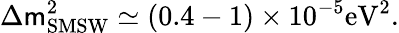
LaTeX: \Delta\mathsf{m}_{\mathrm{{{SMSW}}}}^{2}\simeq(0.4-1)\times10^{-5}\mathrm{{eV}}^{2}.